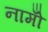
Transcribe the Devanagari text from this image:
नामोँ